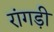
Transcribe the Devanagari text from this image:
रांगड़ी